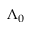
\Lambda _ { 0 }